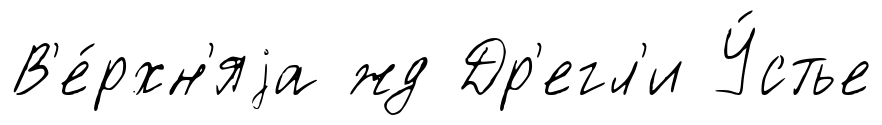
В'е́рхн'яjа жд Др'егл'и У́стье